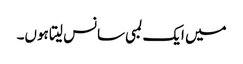
میں ایک لمبی سانس لیتا ہوں۔